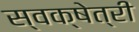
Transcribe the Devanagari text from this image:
स्वक्षेत्री